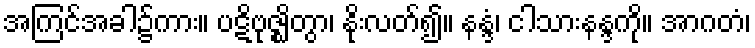
အကြင်အခါ၌ကား။ ပဋိဗုဇ္ဈိတွာ၊ နိုးလတ်၍။ နန္ဒံ၊ ငါသားနန္ဒကို။ အာဂတံ၊